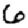
Digit: 6